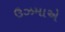
ઉઝમાએ